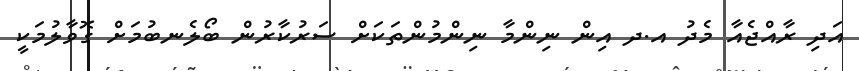
އަދި ރާއްޖެއާ މެދު އ.ދ އިން ނިންމާ ނިންމުންތަކަށް ސަރުކާރުން ބޯލެނބުމަށް ގޮވާލުމަކީ